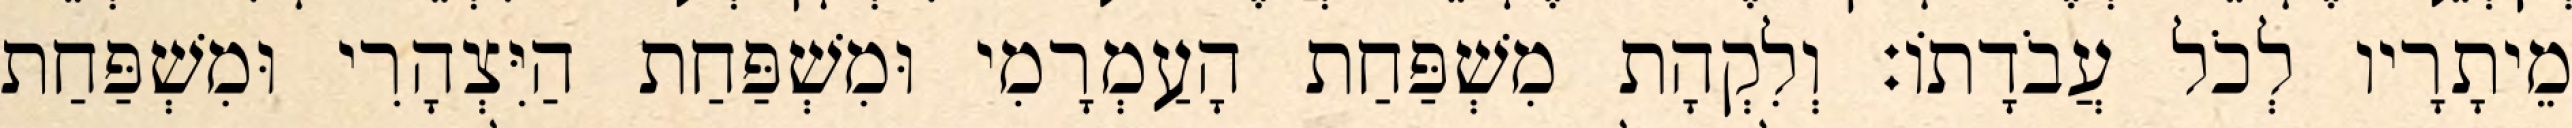
מֵיתָרָיו לְכֹל עֲבֹדָתוֹ׃ וְלִקְהָת מִשְׁפַּחַת הָעַמְרָמִי וּמִשְׁפַּחַת הַיִּצְהָרִי וּמִשְׁפַּחַת